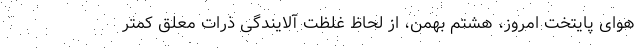
هوای پایتخت امروز، هشتم بهمن، از لحاظ غلظت آلایندگی ذرات معلق کمتر